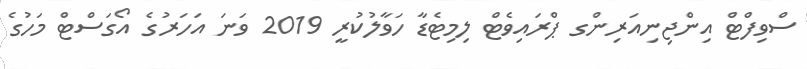
ސްވިފްޓް އިންޖިނިއަރިންގ ޕްރައިވެޓް ލިމިޓެޑާ ހަވާލުކުރީ 2019 ވަނަ އަހަރުގެ އޯގަސްޓް މަހުގެ